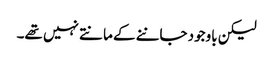
لیکن باوجود جاننے کے مانتے نہیں تھے۔